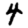
Digit: 4